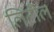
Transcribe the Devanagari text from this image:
लिटील